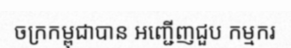
ចក្រកម្ពុជាបាន អញ្ជើញជួប កម្មករ